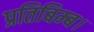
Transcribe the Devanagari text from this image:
प्रतिबिम्ब।